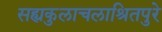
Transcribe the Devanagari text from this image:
सह्यकुलाचलाश्रितपुरे